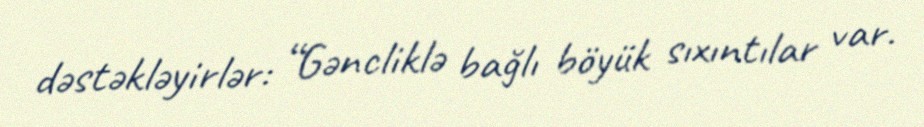
dəstəkləyirlər: “Gəncliklə bağlı böyük sıxıntılar var.